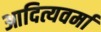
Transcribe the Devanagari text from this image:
आदित्यवर्मा